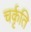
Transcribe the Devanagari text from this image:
चर्कृति